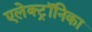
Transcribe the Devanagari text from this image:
एलेक्ट्रॉनिका